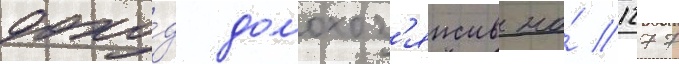
дохо́д домохоз'яиств на́ 1277